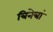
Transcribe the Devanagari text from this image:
त्रिनेत्रां